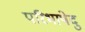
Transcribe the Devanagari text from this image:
परिभाषेदु